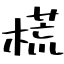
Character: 𣗄